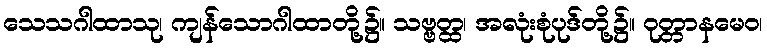
သေသဂါထာသု၊ ကျန်သောဂါထာတို့၌။ သဗ္ဗတ္ထ၊ အလုံးစုံပုဒ်တို့၌။ ဝုတ္တာနမေဝ၊